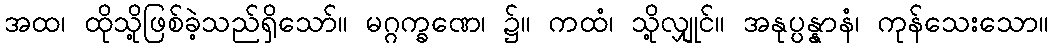
အထ၊ ထိုသို့ဖြစ်ခဲ့သည်ရှိသော်။ မဂ္ဂက္ခဏေ၊ ၌။ ကထံ၊ သို့လျှုင်။ အနုပ္ပန္နာနံ၊ ကုန်သေးသော။